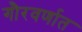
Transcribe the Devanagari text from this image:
गौरवर्णात